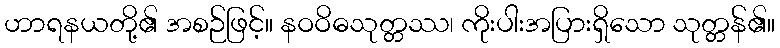
ဟာရနယတို့၏ အစဉ်ဖြင့်။ နဝဝိဓသုတ္တဿ၊ ကိုးပါးအပြားရှိသော သုတ္တန်၏။